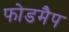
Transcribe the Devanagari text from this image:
फोडमैप